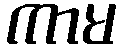
ကာမ